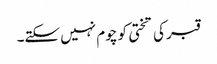
قبر کی تختی کو چوم نہیں سکتے۔